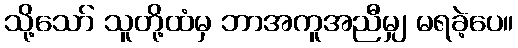
သို့သော် သူတို့ထံမှ ဘာအကူအညီမျှ မရခဲ့ပေ။